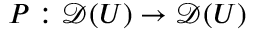
P : { \mathcal { D } } ( U ) \to { \mathcal { D } } ( U )